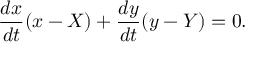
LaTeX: { \frac { d x } { d t } } ( x - X ) + { \frac { d y } { d t } } ( y - Y ) = 0 .